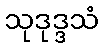
သုဒုဒ္ဒသံ